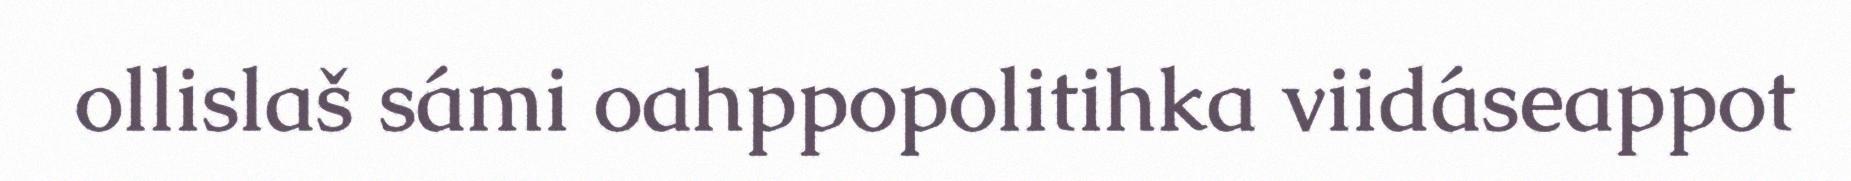
ollislaš sámi oahppopolitihka viidáseappot